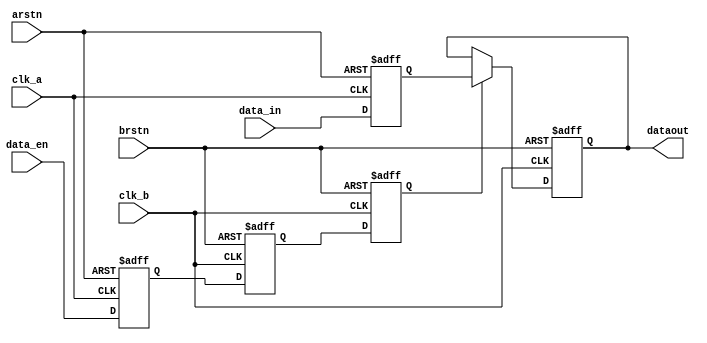
module verified_mux(
	input 				clk_a	, 
	input 				clk_b	,   
	input 				arstn	,
	input				brstn   ,
	input		[3:0]	data_in	,
	input               data_en ,

	output reg  [3:0] 	dataout
);
    reg [3:0] data_reg;
    reg       data_en_a, data_en_b0, data_en_b1;
    
    always@(posedge clk_a or negedge arstn) begin
        if(~arstn)
            data_reg <= 0;
        else
            data_reg <= data_in;
    end
    
    always@(posedge clk_a or negedge arstn) begin
        if(~arstn)
            data_en_a <= 0;
        else
            data_en_a <= data_en;
    end
    
    always@(posedge clk_b or negedge brstn) begin
        if(~brstn) begin
            data_en_b0 <= 0;
            data_en_b1 <= 0;
        end
        else begin
            data_en_b0 <= data_en_a;
            data_en_b1 <= data_en_b0;
        end
    end
    
    always@(posedge clk_b or negedge brstn) begin
        if(~brstn) 
            dataout <= 0;
        else 
            dataout <= data_en_b1? data_reg: dataout;
    end

endmodule